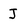
Character: j